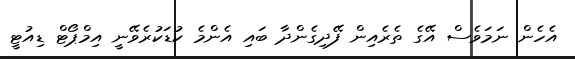
އެހެން ނަމަވެސް އޭގެ ތެރެއިން ފޭދިގެންދާ ބައި އެންމެ ކުޑަކުރެވޭނީ އިމްޕޯޓް ޑިއުޓީ